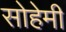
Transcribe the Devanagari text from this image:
सोहेमी